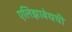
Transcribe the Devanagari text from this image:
एलिझाबेथची